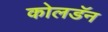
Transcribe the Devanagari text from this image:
कोलडॅन